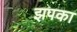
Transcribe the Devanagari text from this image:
झपका